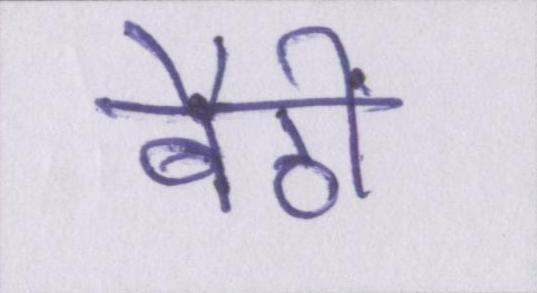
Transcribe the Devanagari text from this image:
बैठीं